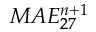
M A E _ { 2 7 } ^ { n + 1 }